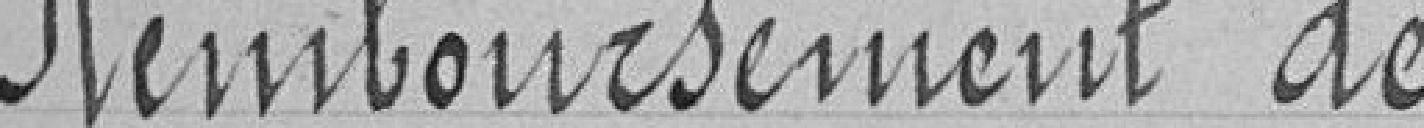
Remboursement de